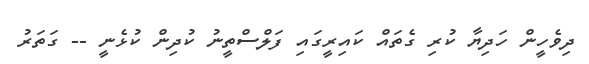
ދިވެހީން ހަދިޔާ ކުރި ގެތައް ކައިރީގައި ފަލްސްތީނު ކުދިން ކުޅެނީ -- ގަތަރު